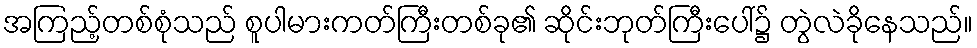
အကြည့်တစ်စုံသည် စူပါမားကတ်ကြီးတစ်ခု၏ ဆိုင်းဘုတ်ကြီးပေါ်၌ တွဲလဲခိုနေသည်။